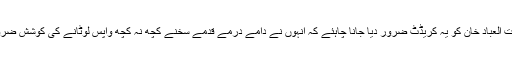
ڈاکٹر عشرت العباد خان کو یہ کریڈٹ ضرور دیا جانا چاہئے کہ انہوں نے دامے درمے قدمے سخنے کچھ نہ کچھ واپس لوٹانے کی کوشش ضرور کی ہے۔